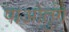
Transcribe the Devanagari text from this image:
पाओतुंग